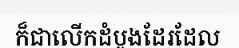
ក៏ជាលើកដំបូងដែរដែល